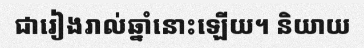
ជារៀងរាល់ឆ្នាំនោះឡើយ។ និយាយ